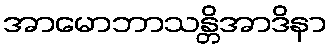
အာမောဘာသန္တိအာဒိနာ